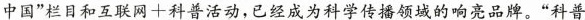
中国”栏目和互联网十科普活动，已经成为科学传播领域的响亮品牌。”科普